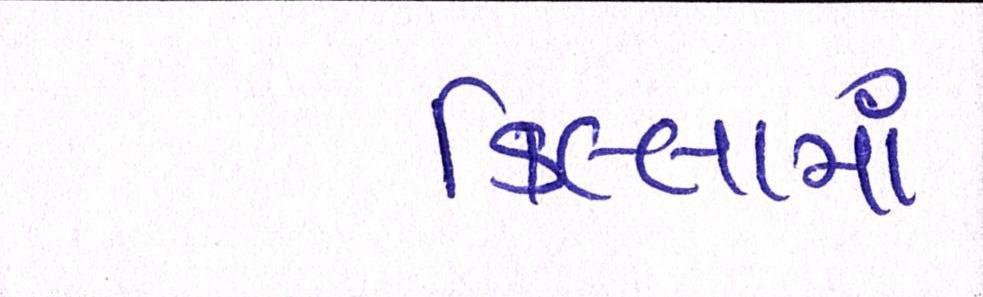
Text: કિલ્લામાં